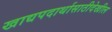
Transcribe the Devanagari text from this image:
खाद्यपदार्थासाठीदेखील